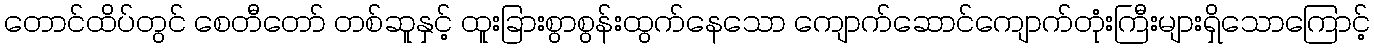
တောင်ထိပ်တွင် စေတီတော် တစ်ဆူနှင့် ထူးခြားစွာစွန်းထွက်နေသော ကျောက်ဆောင်ကျောက်တုံးကြီးများရှိသောကြောင့်